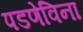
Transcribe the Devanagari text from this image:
पडणेविना